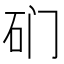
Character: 𱳨